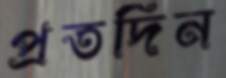
প্রতদিন